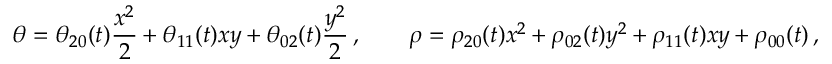
\theta = \theta _ { 2 0 } ( t ) \frac { x ^ { 2 } } { 2 } + { \theta _ { 1 1 } } ( t ) x y + \theta _ { 0 2 } ( t ) \frac { y ^ { 2 } } { 2 } \, , \qquad \rho = \rho _ { 2 0 } ( t ) x ^ { 2 } + \rho _ { 0 2 } ( t ) y ^ { 2 } + \rho _ { 1 1 } ( t ) x y + \rho _ { 0 0 } ( t ) \, ,